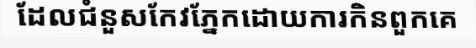
ដែលជំនួសកែវភ្នែកដោយការកិនពួកគេ